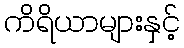
ကိရိယာများနှင့်